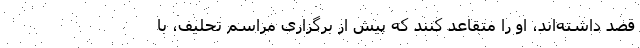
قصد داشته‌اند، او را متقاعد کنند که پیش از برگزاری مراسم تحلیف، با